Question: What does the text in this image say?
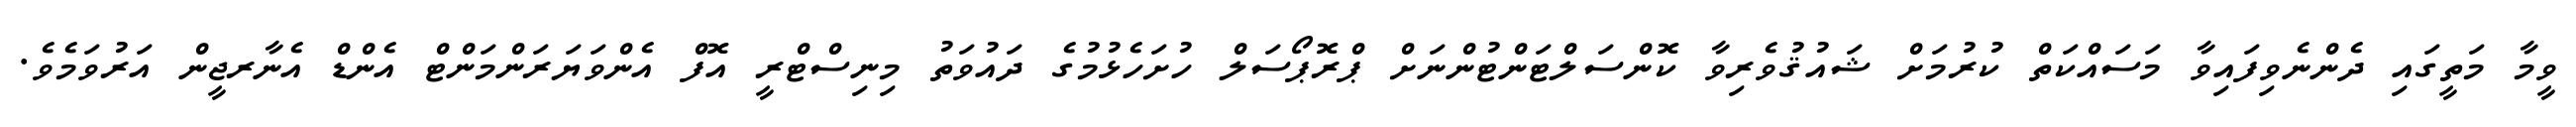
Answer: ވީމާ މަތީގައި ދެންނެވިފައިވާ މަސައްކަތް ކުރުމަށް ޝައުޤުވެރިވާ ކޮންސަލްޓަންޓުންނަށް ޕްރޮޕޯސަލް ހުށަހެޅުމުގެ ދައުވަތު މިނިސްޓްރީ އޮފް އެންވަޔަރަންމަންޓް އެންޑް އެނާރޖީން އަރުވަމެވެ.